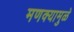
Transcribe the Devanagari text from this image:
मणक्यामुळे